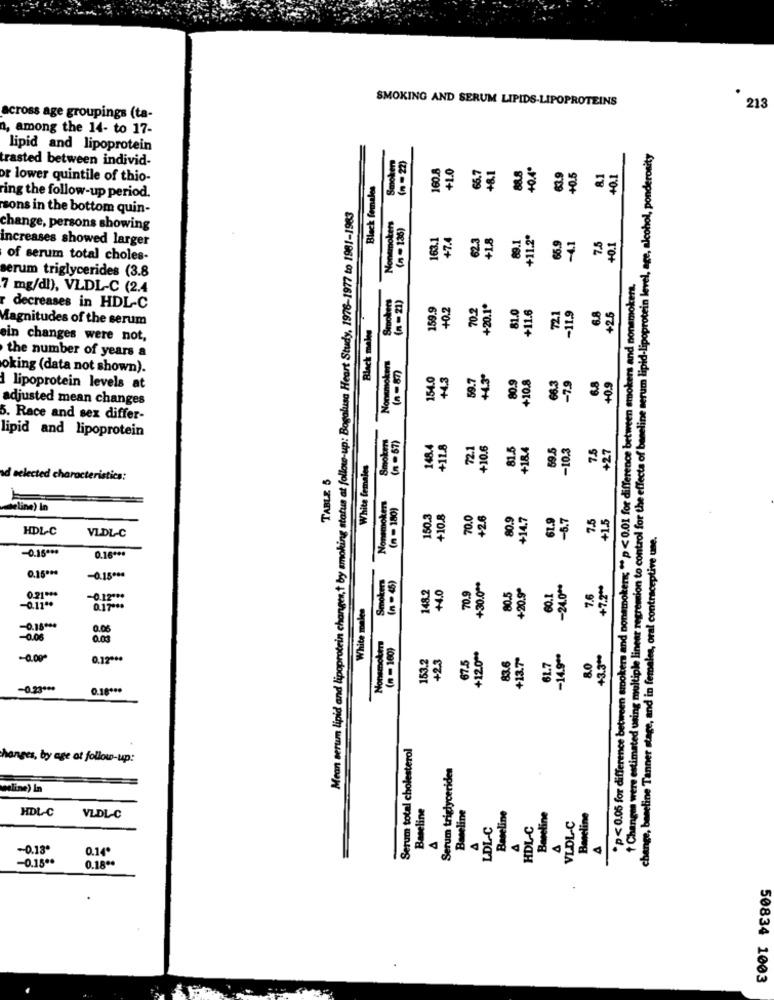
SMOKING AND SERUM LIPIDS-LIPOPROTEINS
213
across age groupings (ta-
a, among the 14- to 17-
lipid and lipoprotein
(n = 22)
ultiple linear regression to control for the effects of baneline serum lipid-lipoprotein level, age, alcohol, ponderosity
trasted between individ-
Smoker
160.8
+1.0
+0.4ª
66.7
+8.1
88.8
63.9
+0.5
8.1
40.1
or lower quintile of thio-
Black females
ring the follow-up period.
sons in the bottom quin-
Mean serum lipid and lipoprotein changes,t by smoking status at follow-up: Bogalusa Heart Study, 1976-1977 to 1961-1983
Nonsmokers
(n = 135)
change, persons showing
163.1
+7.4
62.3
+1.8
89.1
+11.2º
7.5
increases showed larger
+0.1
of serum total choles-
27
serum triglycerides (3.8
*p<0.05 for difference between smokers and nonsmokers; ** p < 0.01 for difference between smokers and nonsmokers.
7 mg/dl), VLDL-C (2.4
(n = 21)
Smoked
159.9
+0.2
70.2
+20.1º
81.0
+11.6
72,1
+25
decreases in HDL-C
-11.9
6.8
Magnitudes of the serum
Black makes
ein changes were not,
the number of years a
Nonsmokers
(a-87)
oking (data not shown).
154.0
+4.3
59.7
80.9
6.8
+10.8
66.3
-7.9
+0.9
lipoprotein levels at
adjusted mean changes
6. Race and sex differ-
lipid and lipoprotein
Smokers
(n =57)
148.4
+11.8
721
+10.6
81.5
+18.4
59.5
-10.3
7.5
+27
White females
TABLE 5
ad selected characteristics:
Nonsmokers
(n = 180)
deline) In
150.3
+10.8
70.0
+2.6
80.9
+14,7
-5.7
61.9
HDL-C
VLDL-C
23
change, baneline Tanner stage, and in females, oral contraceptive une.
-0.15 ***
0.16 ***
0.15 ***
(n = 45)
-0.15 ***
Smokers
148.2
+4.0
70.9
+30.0 **
-24.0 **
+7,2 **
80.5
60.1
7.6
0.21 ***
-0.12 ***
White malee
-0.11 **
0.17 ***
8
-0.15 ***
0.06
-0.06
0.00
Nonsmoker
(n = 160)
153.2
+23
67.5
+12.0 **
+13.7º
-14.9 **
+3.3 **
+ Changes were estimated using multiple
-0.000
0.12 ***
83.6
61.7
8.0
-0.23000
0.18 ***
Serum total cholesterol
hanges, by age at follow-up:
Serum triglycerides
weline) In
Baseline
Baseline
HDL-C
Baseline
Baseline
VLDL-C
Baseline
VLDL-C
LDL-C
HDL-C
A
-0.13ª
0.14º
-0.15 **
0.18 **
50834 1003